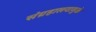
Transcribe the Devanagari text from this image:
संग्रहालयामुळे